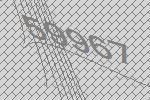
59967